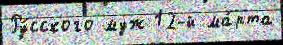
Ру́сского муж 12-й ма́рта